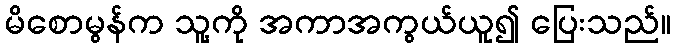
မိစောမွန်က သူ့ကို အကာအကွယ်ယူ၍ ပြေးသည်။